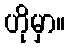
ဟိုမှာ။